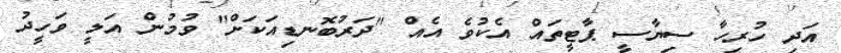
އަދި ހުރިހާ ސިޔާސީ ޕާޓީތައް އެކުވެ އެއް "ދަރުބޮނޑިއަކަށް" ވުމުން އަލީ ވަހީދު